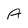
Character: A